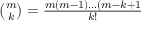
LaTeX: \textstyle { \binom { m } { k } } = { \frac { m ( m - 1 ) \dots ( m - k + 1 } { k ! } }